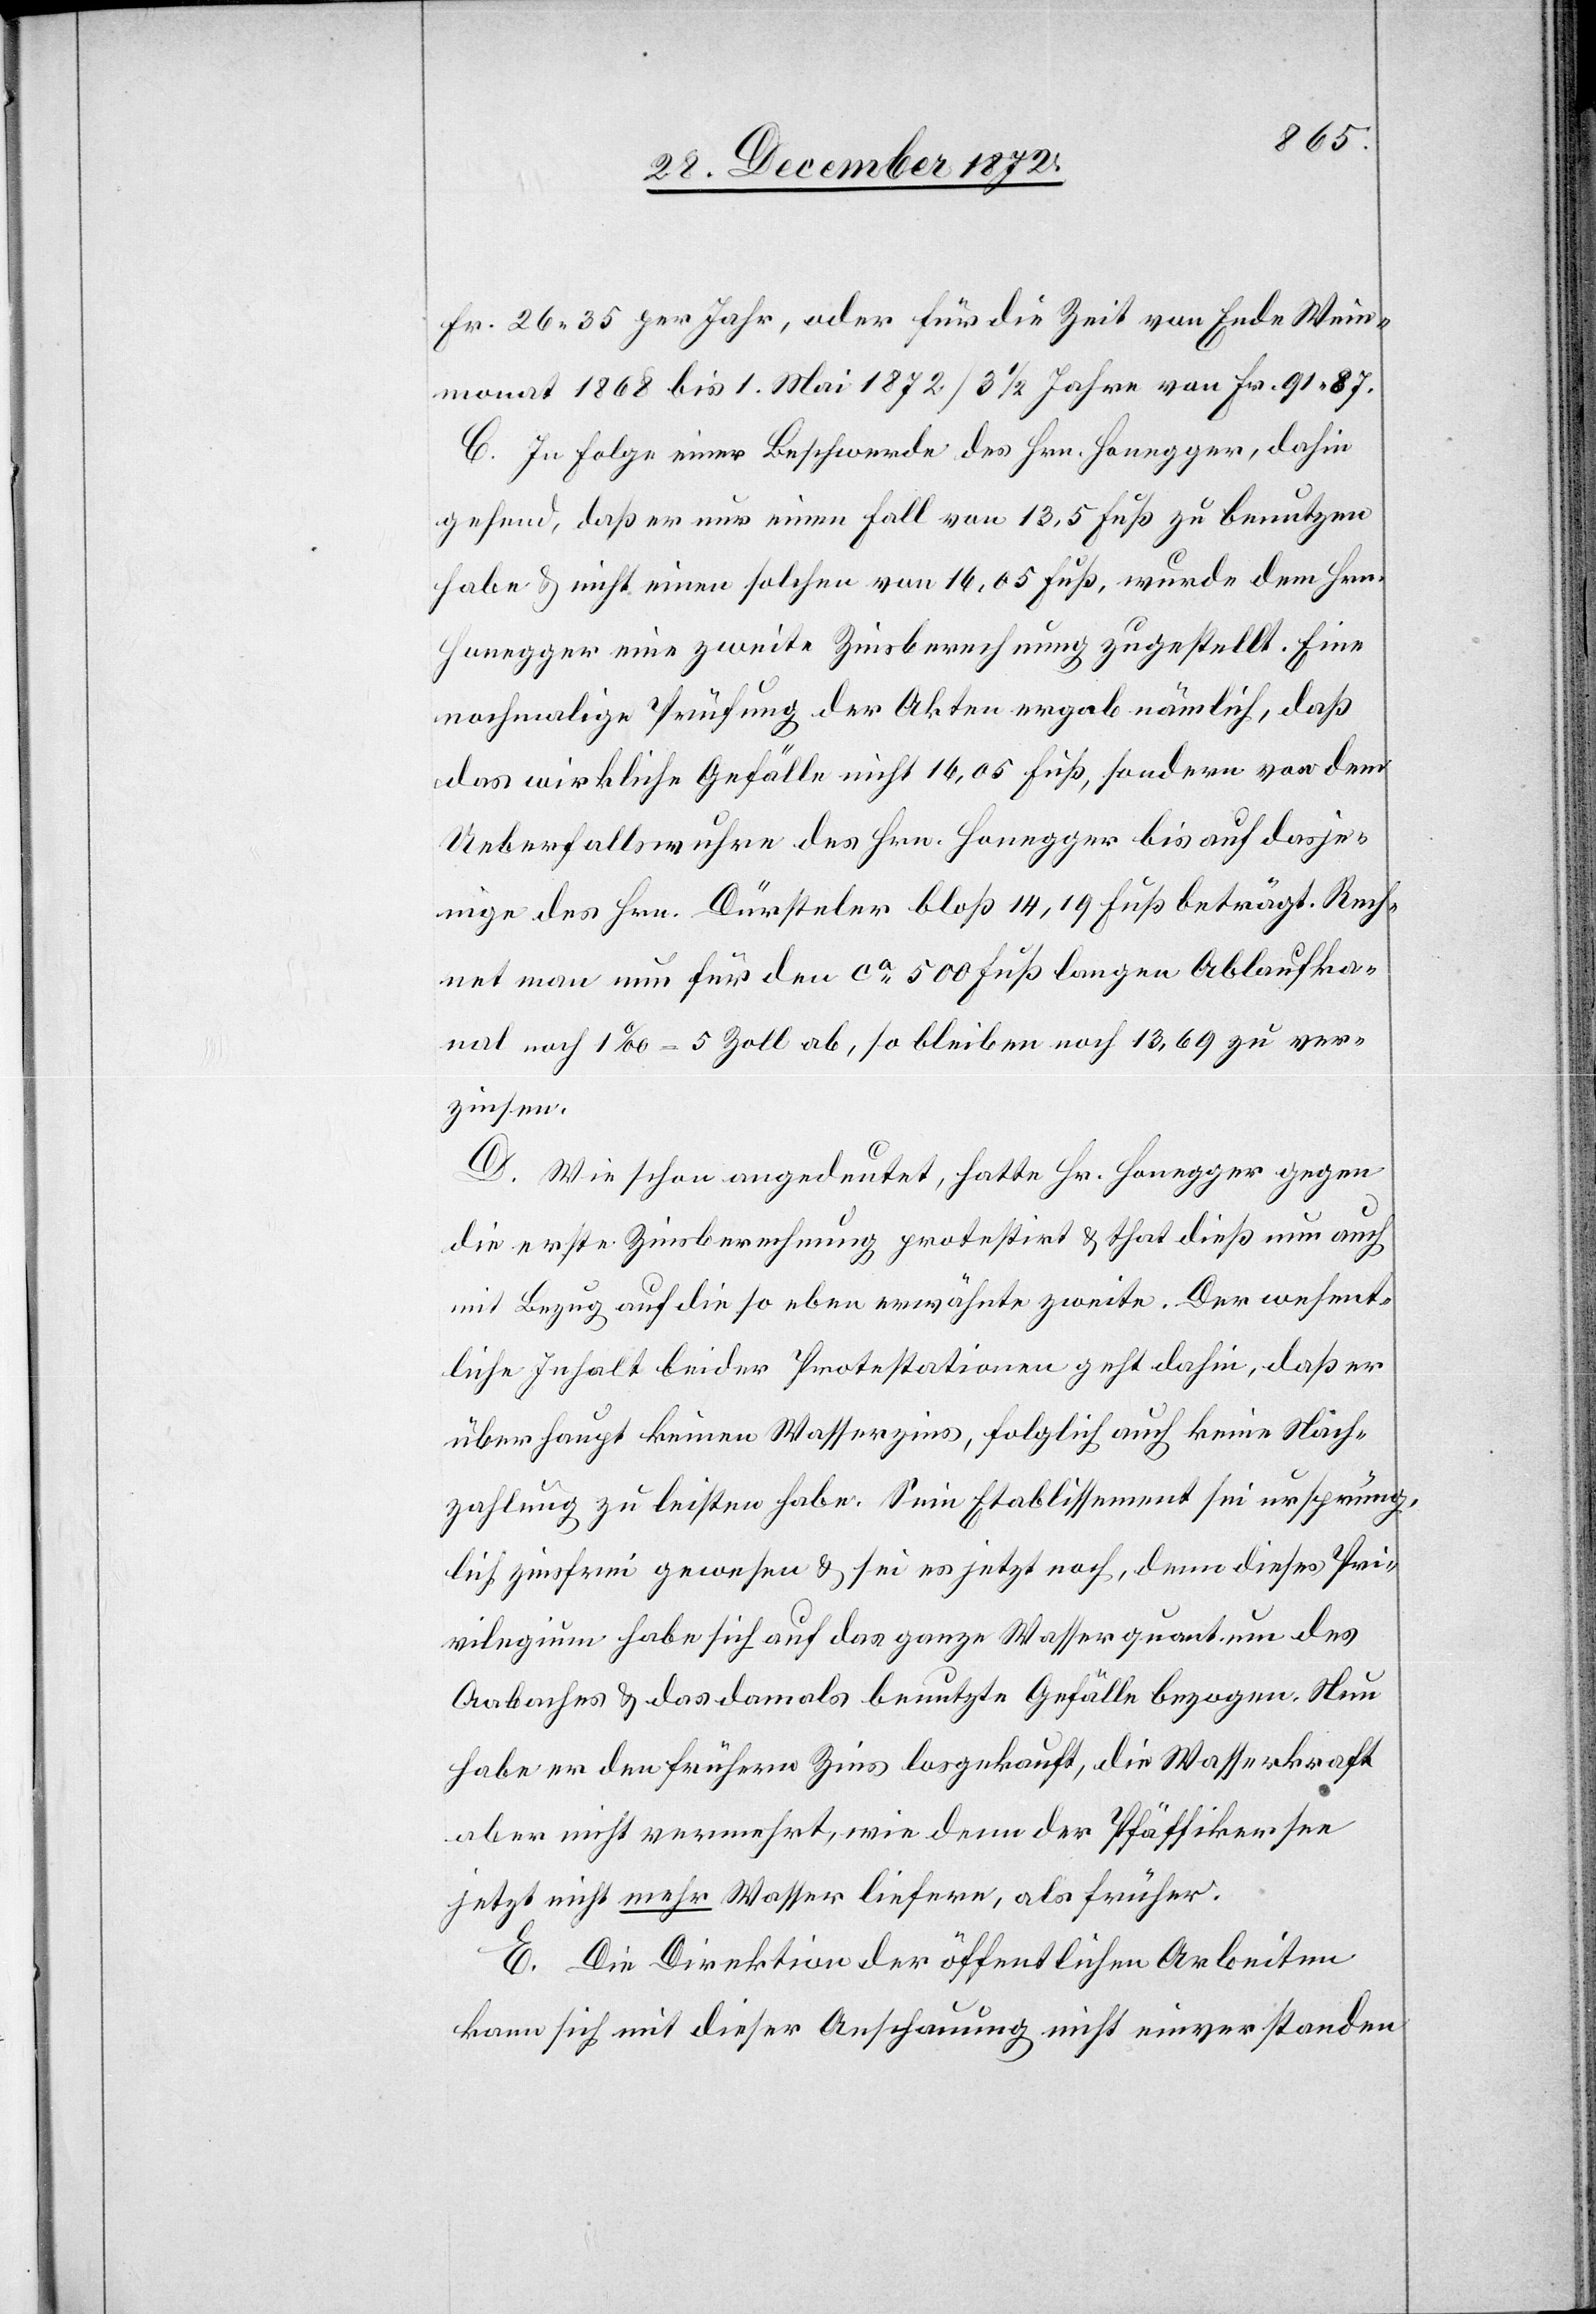
Fr. 26 35 per Jahr, oder für die Zeit von Ende Wein¬
monat 1868 bis 1. Mai 1872 / 3 1/2 Jahre von Fr. 91 87.
C. In Folge einer Beschwerde des Hrn. Honegger, dahin
gehend, daß er nur einen Fall von 13,5 Fuß zu benutzen
habe u. nicht einen solchen von 16,05 Fuß, wurde dem Hrn.
Honegger eine zweite Zinsberechnung zugestellt. Eine
nochmalige Prüfung der Akten ergab nämlich, daß
das wirkliche Gefälle nicht 16,05 Fuß, sondern von dem
Ueberfallswuhre des Hrn. Honegger bis auf dasje¬
nige des Hrn. Dürsteler bloß 14,19 Fuß beträgt. Rech¬
net man nun für den ca 500 Fuß langen Ablaufka¬
nal noch 1‰ = 5 Zoll ab, so bleiben noch 13,69 zu ver¬
zinsen.
D. Wie schon angedeutet, hatte Hr. Honegger gegen
die erste Zinsberechnung protestirt u. that dieß nun auch
mit Bezug auf die so eben erwähnte zweite. Der wesent¬
liche Inhalt beider Protestationen geht dahin, daß er
überhaupt keinen Wasserzins, folglich auch keine Nach¬
zahlung zu leisten habe. Sein Etablissement sei ursprüng¬
lich zinsfrei gewesen u. sei es jetzt noch, denn dieses Pri¬
vilegium habe sich auf das ganze Wasserquantum des
Aabaches u. das damals benutzte Gefälle bezogen. Nun
habe er den frühern Zins losgekauft, die Wasserkraft
aber nicht vermehrt, wie denn der Pfäffikersee
jetzt nicht mehr Wasser liefere, als früher.
E. Die Direktion der öffentlichen Arbeiten
kann sich mit dieser Anschauung nicht einverstanden